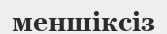
меншіксіз